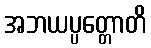
အဘယပ္ပတ္တောတိ